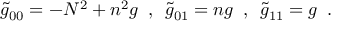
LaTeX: \tilde { g } _ { 0 0 } = - N ^ { 2 } + n ^ { 2 } g \, \, \, , \, \, \, \tilde { g } _ { 0 1 } = n g \, \, \, , \, \, \, \tilde { g } _ { 1 1 } = g \, \, \, .